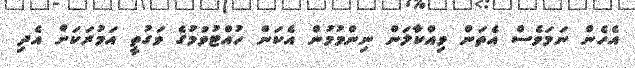
އެހެން ނަމަވެސް އެތަން ވިއްކާލަން ނިންމުމުން އެކަން ހުއްޓުވުމުގެ ވަގުތީ އަމުރަކަށް އެދި